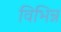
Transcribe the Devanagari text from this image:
विभिन्न